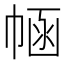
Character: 𢃗